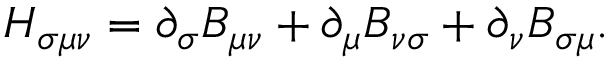
H _ { \sigma \mu \nu } = \partial _ { \sigma } B _ { \mu \nu } + \partial _ { \mu } B _ { \nu \sigma } + \partial _ { \nu } B _ { \sigma \mu } .